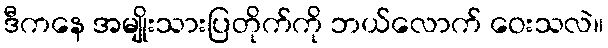
ဒီကနေ အမျိုးသားပြတိုက်ကို ဘယ်လောက် ဝေးသလဲ။